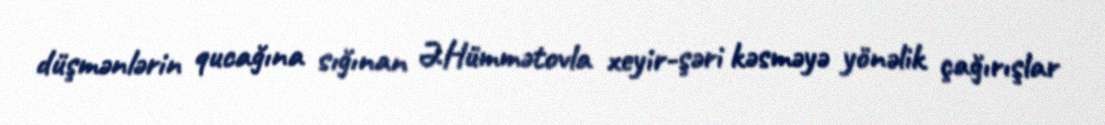
düşmənlərin qucağına sığınan Ə.Hümmətovla xeyir-şəri kəsməyə yönəlik çağırışlar